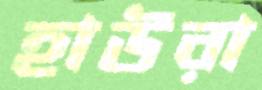
হাউরা